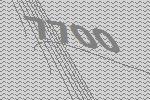
7700